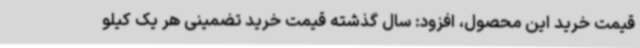
قیمت خرید این محصول، افزود: سال گذشته قیمت خرید تضمینی هر یک کیلو